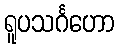
ရူပသင်္ဂဟော